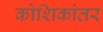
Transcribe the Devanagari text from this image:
कोशिकांतर